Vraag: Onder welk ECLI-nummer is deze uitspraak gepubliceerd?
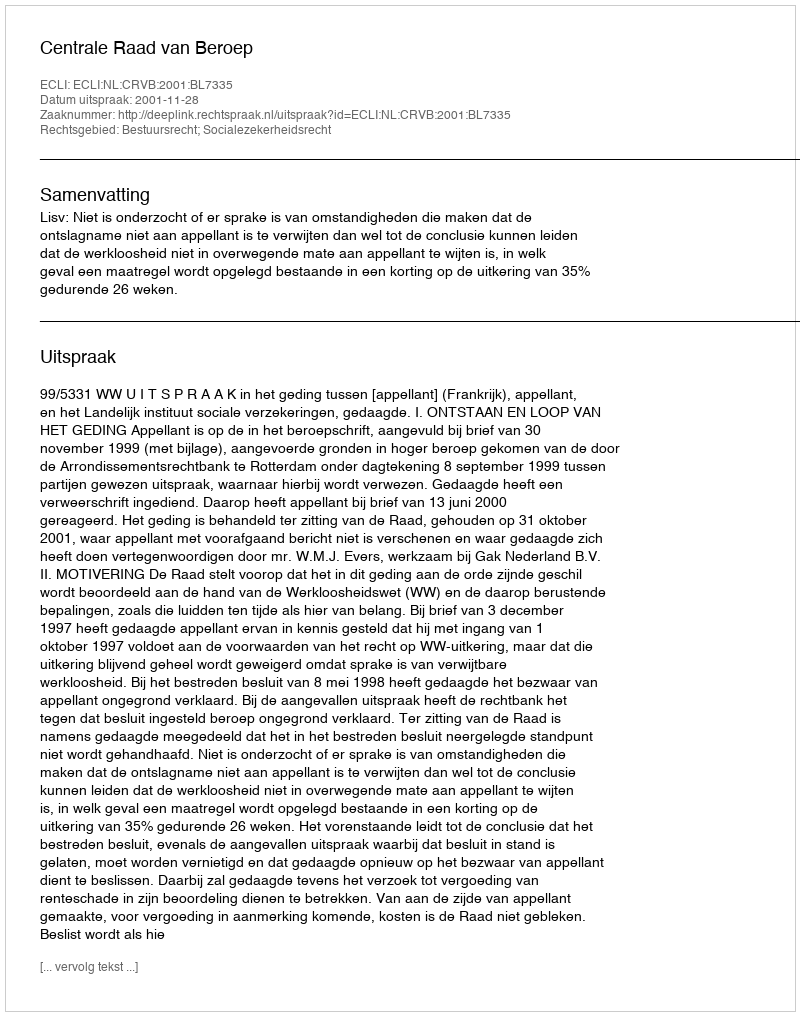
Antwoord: ECLI:NL:CRVB:2001:BL7335